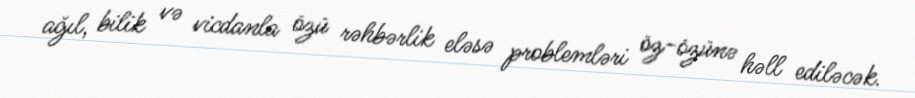
ağıl, bilik və vicdanla özü rəhbərlik eləsə problemləri öz-özünə həll ediləcək.